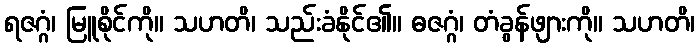
ရဇဂ္ဂံ၊ မြူစိုင်ကို။ သဟတိ၊ သည်းခံနိုင်၏။ ဓဇဂ္ဂံ၊ တံခွန်ဖျားကို။ သဟတိ၊